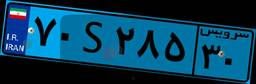
۲۷S۰۰۶۰۹